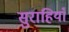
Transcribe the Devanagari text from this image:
सुराहियाँ